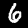
Digit: 6